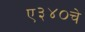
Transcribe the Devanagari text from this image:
ए३४०चे